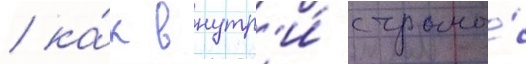
/ ка́к внутр'и́ страны́